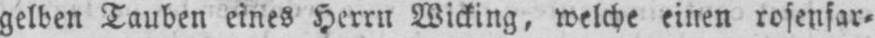
gelben Tauben eines Herrn Wicking, welche einen rosenfar⸗